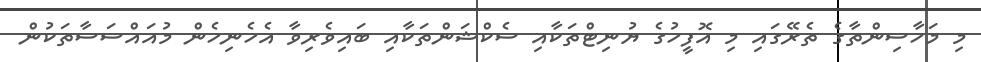
މި މަހާސިންތާގެ ތެރޭގައި މި އޮފީހުގެ ޔުނިޓްތަކާއި ސެކްޝަންތަކާއި ބައިވެރިވާ އެހެނިހެން މުއައްސަސާތަކުން